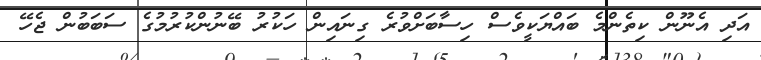
އަދި އެނޫން ކިތެންމެ ބައްޔަކީވެސް ހިސާބަށްވުރެ ގިނައިން ހަކުރު ބޭނުންކުރުމުގެ ސަބަބުން ޖެހޭ